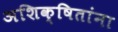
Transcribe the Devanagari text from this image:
अशिक्षितांना